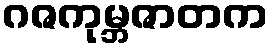
ဂဇကုမ္ဘဇာတက